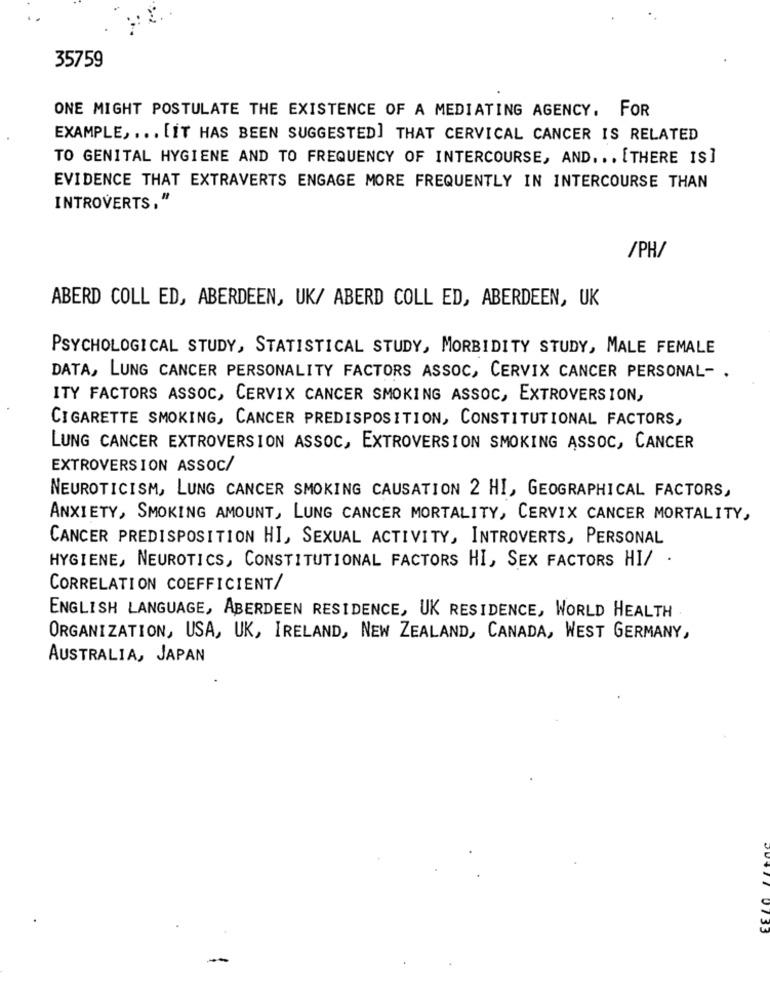
35759
ONE MIGHT POSTULATE THE EXISTENCE OF A MEDIATING AGENCY. FOR
EXAMPLE ,... [IT HAS BEEN SUGGESTED] THAT CERVICAL CANCER IS RELATED
TO GENITAL HYGIENE AND TO FREQUENCY OF INTERCOURSE, AND. .. [THERE IS]
EVIDENCE THAT EXTRAVERTS ENGAGE MORE FREQUENTLY IN INTERCOURSE THAN
INTROVERTS, "
/PH/
ABERD COLL ED, ABERDEEN, UK/ ABERD COLL ED, ABERDEEN, UK
PSYCHOLOGICAL STUDY, STATISTICAL STUDY, MORBIDITY STUDY, MALE FEMALE
DATA, LUNG CANCER PERSONALITY FACTORS ASSOC, CERVIX CANCER PERSONAL- .
ITY FACTORS ASSOC, CERVIX CANCER SMOKING ASSOC, EXTROVERSION,
CIGARETTE SMOKING, CANCER PREDISPOSITION, CONSTITUTIONAL FACTORS,
LUNG CANCER EXTROVERSION ASSOC, EXTROVERSION SMOKING ASSOC, CANCER
EXTROVERSION ASSOC/
NEUROTICISM, LUNG CANCER SMOKING CAUSATION 2 HI, GEOGRAPHICAL FACTORS,
ANXIETY, SMOKING AMOUNT, LUNG CANCER MORTALITY, CERVIX CANCER MORTALITY,
CANCER PREDISPOSITION HI, SEXUAL ACTIVITY, INTROVERTS, PERSONAL
HYGIENE, NEUROTICS, CONSTITUTIONAL FACTORS HI, SEX FACTORS HI/ .
CORRELATION COEFFICIENT/
ENGLISH LANGUAGE, ABERDEEN RESIDENCE, UK RESIDENCE, WORLD HEALTH
ORGANIZATION, USA, UK, IRELAND, NEW ZEALAND, CANADA, WEST GERMANY,
AUSTRALIA, JAPAN
0133